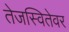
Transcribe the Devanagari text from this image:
तेजस्वितेवर